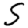
Digit: 5